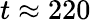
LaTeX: t\approx 220